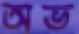
অভ